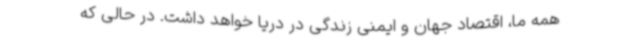
همه ما، اقتصاد جهان و ایمنی زندگی در دریا خواهد داشت. در حالی که